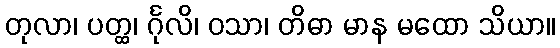
တုလာ၊ ပတ္ထ၊ င်္ဂုလိ၊ ဝသာ၊ တိဓာ မာန မထော သိယာ။